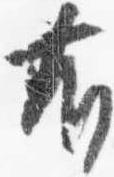
有